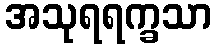
အသုရရက္ခသာ